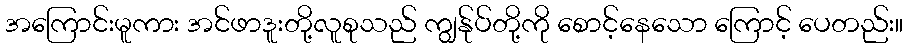
အကြောင်းမူကား အင်ဖာဒူးတို့လူစုသည် ကျွန်ုပ်တို့ကို စောင့်နေသော ကြောင့် ပေတည်း။